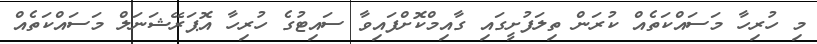
މި ހުރިހާ މަސައްކަތެއް ކުރަން ތިލަފުށީގައި ގާއިމްކޮށްފައިވާ ސައިޓުގެ ހުރިހާ އޮޕަރޭޝަނަލް މަސައްކަތެއް